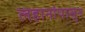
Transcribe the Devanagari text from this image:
लहानांपासुन